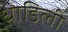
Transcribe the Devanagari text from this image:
धाडिली